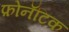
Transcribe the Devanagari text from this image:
फ़ोनॅटिक